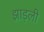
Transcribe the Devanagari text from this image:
झाड़ली